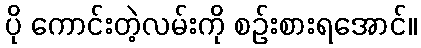
ပို ကောင်းတဲ့လမ်းကို စဉ်းစားရအောင်။